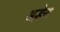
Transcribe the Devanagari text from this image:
अल्हेना